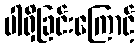
ပါရှိခြင်းကြောင့်